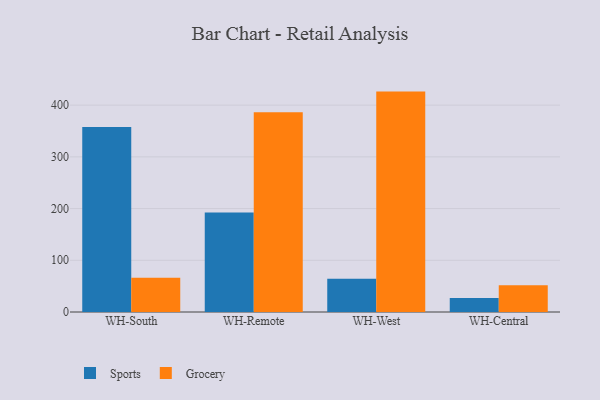
{"axis": {"x": "Warehouse", "y": "Website Visitors"}, "legend": ["Grocery", "Sports"], "data": [{"x": "WH-South", "y": 357.8, "type": "Sports"}, {"x": "WH-South", "y": 66.1, "type": "Grocery"}, {"x": "WH-Remote", "y": 192.4, "type": "Sports"}, {"x": "WH-Remote", "y": 386.2, "type": "Grocery"}, {"x": "WH-West", "y": 64.4, "type": "Sports"}, {"x": "WH-West", "y": 426.2, "type": "Grocery"}, {"x": "WH-Central", "y": 27.2, "type": "Sports"}, {"x": "WH-Central", "y": 51.7, "type": "Grocery"}]}